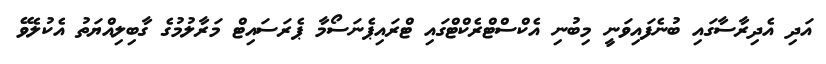
އަދި އެދިރާސާގައި ބުނެފައިވަނީ މިބުނި އެކްސްޓްރެކްޓްގައި ޓްރައިޕެނަސޯމާ ޕެރަސައިޓް މަރާލުމުގެ ގާބިލިއްޔަތު އެކުލެވޭ